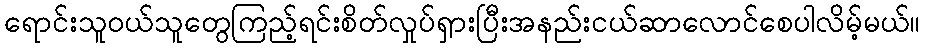
ရောင်းသူဝယ်သူတွေကြည့်ရင်းစိတ်လှုပ်ရှားပြီးအနည်းငယ်ဆာလောင်စေပါလိမ့်မယ်။